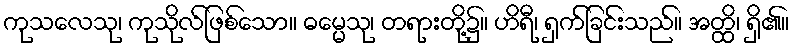
ကုသလေသု၊ ကုသိုလ်ဖြစ်သော။ ဓမ္မေသု၊ တရားတို့၌။ ဟိရီ၊ ရှက်ခြင်းသည်။ အတ္ထိ၊ ရှိ၏။